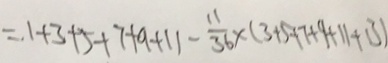
= 1 + 3 + 5 + 7 + 9 + 1 1 - \frac { 1 1 } { 3 6 } \times ( 3 + 5 + 7 + 9 + 1 1 + 1 3 )